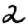
Digit: 2